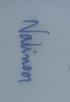
Signature authenticity: genuine